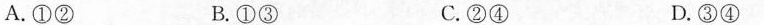
A. ①② B. ①③ C. ②④ D. ③④